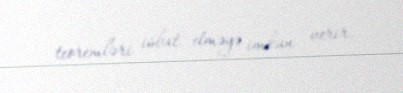
teoremləri isbat etməyə imkan verir.